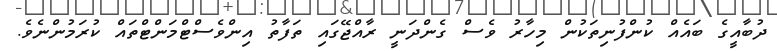
ދުބާއީގެ ބައެއް ކުންފުނިތަކުން މިހާރު ވެސް ގެންދަނީ ރާއްޖޭގައި ތަފާތު އިންވެސްޓްމަންޓްތައް ކުރަމުންނެވެ.